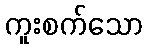
ကူးစက်သော